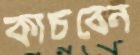
কাচবেন